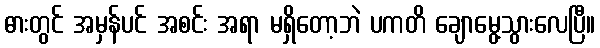
ဓားတွင် အမှန်ပင် အစင်း အရာ မရှိတော့ဘဲ ပကတိ ချောမွေ့သွားလေပြီ။